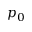
p _ { 0 }